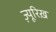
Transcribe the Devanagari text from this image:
ज्यू़रिख़